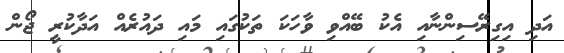
އަދި އިގިރޭސިންނާއި އެކު ބޭއްވި ވާހަކަ ތަކުގައި މައި ދައުރެއް އަދާކުރީ ޖޯން